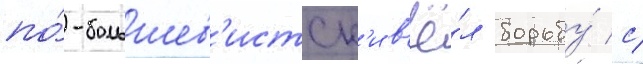
по́-большев'истск'и в'ё́л борьбу́ с